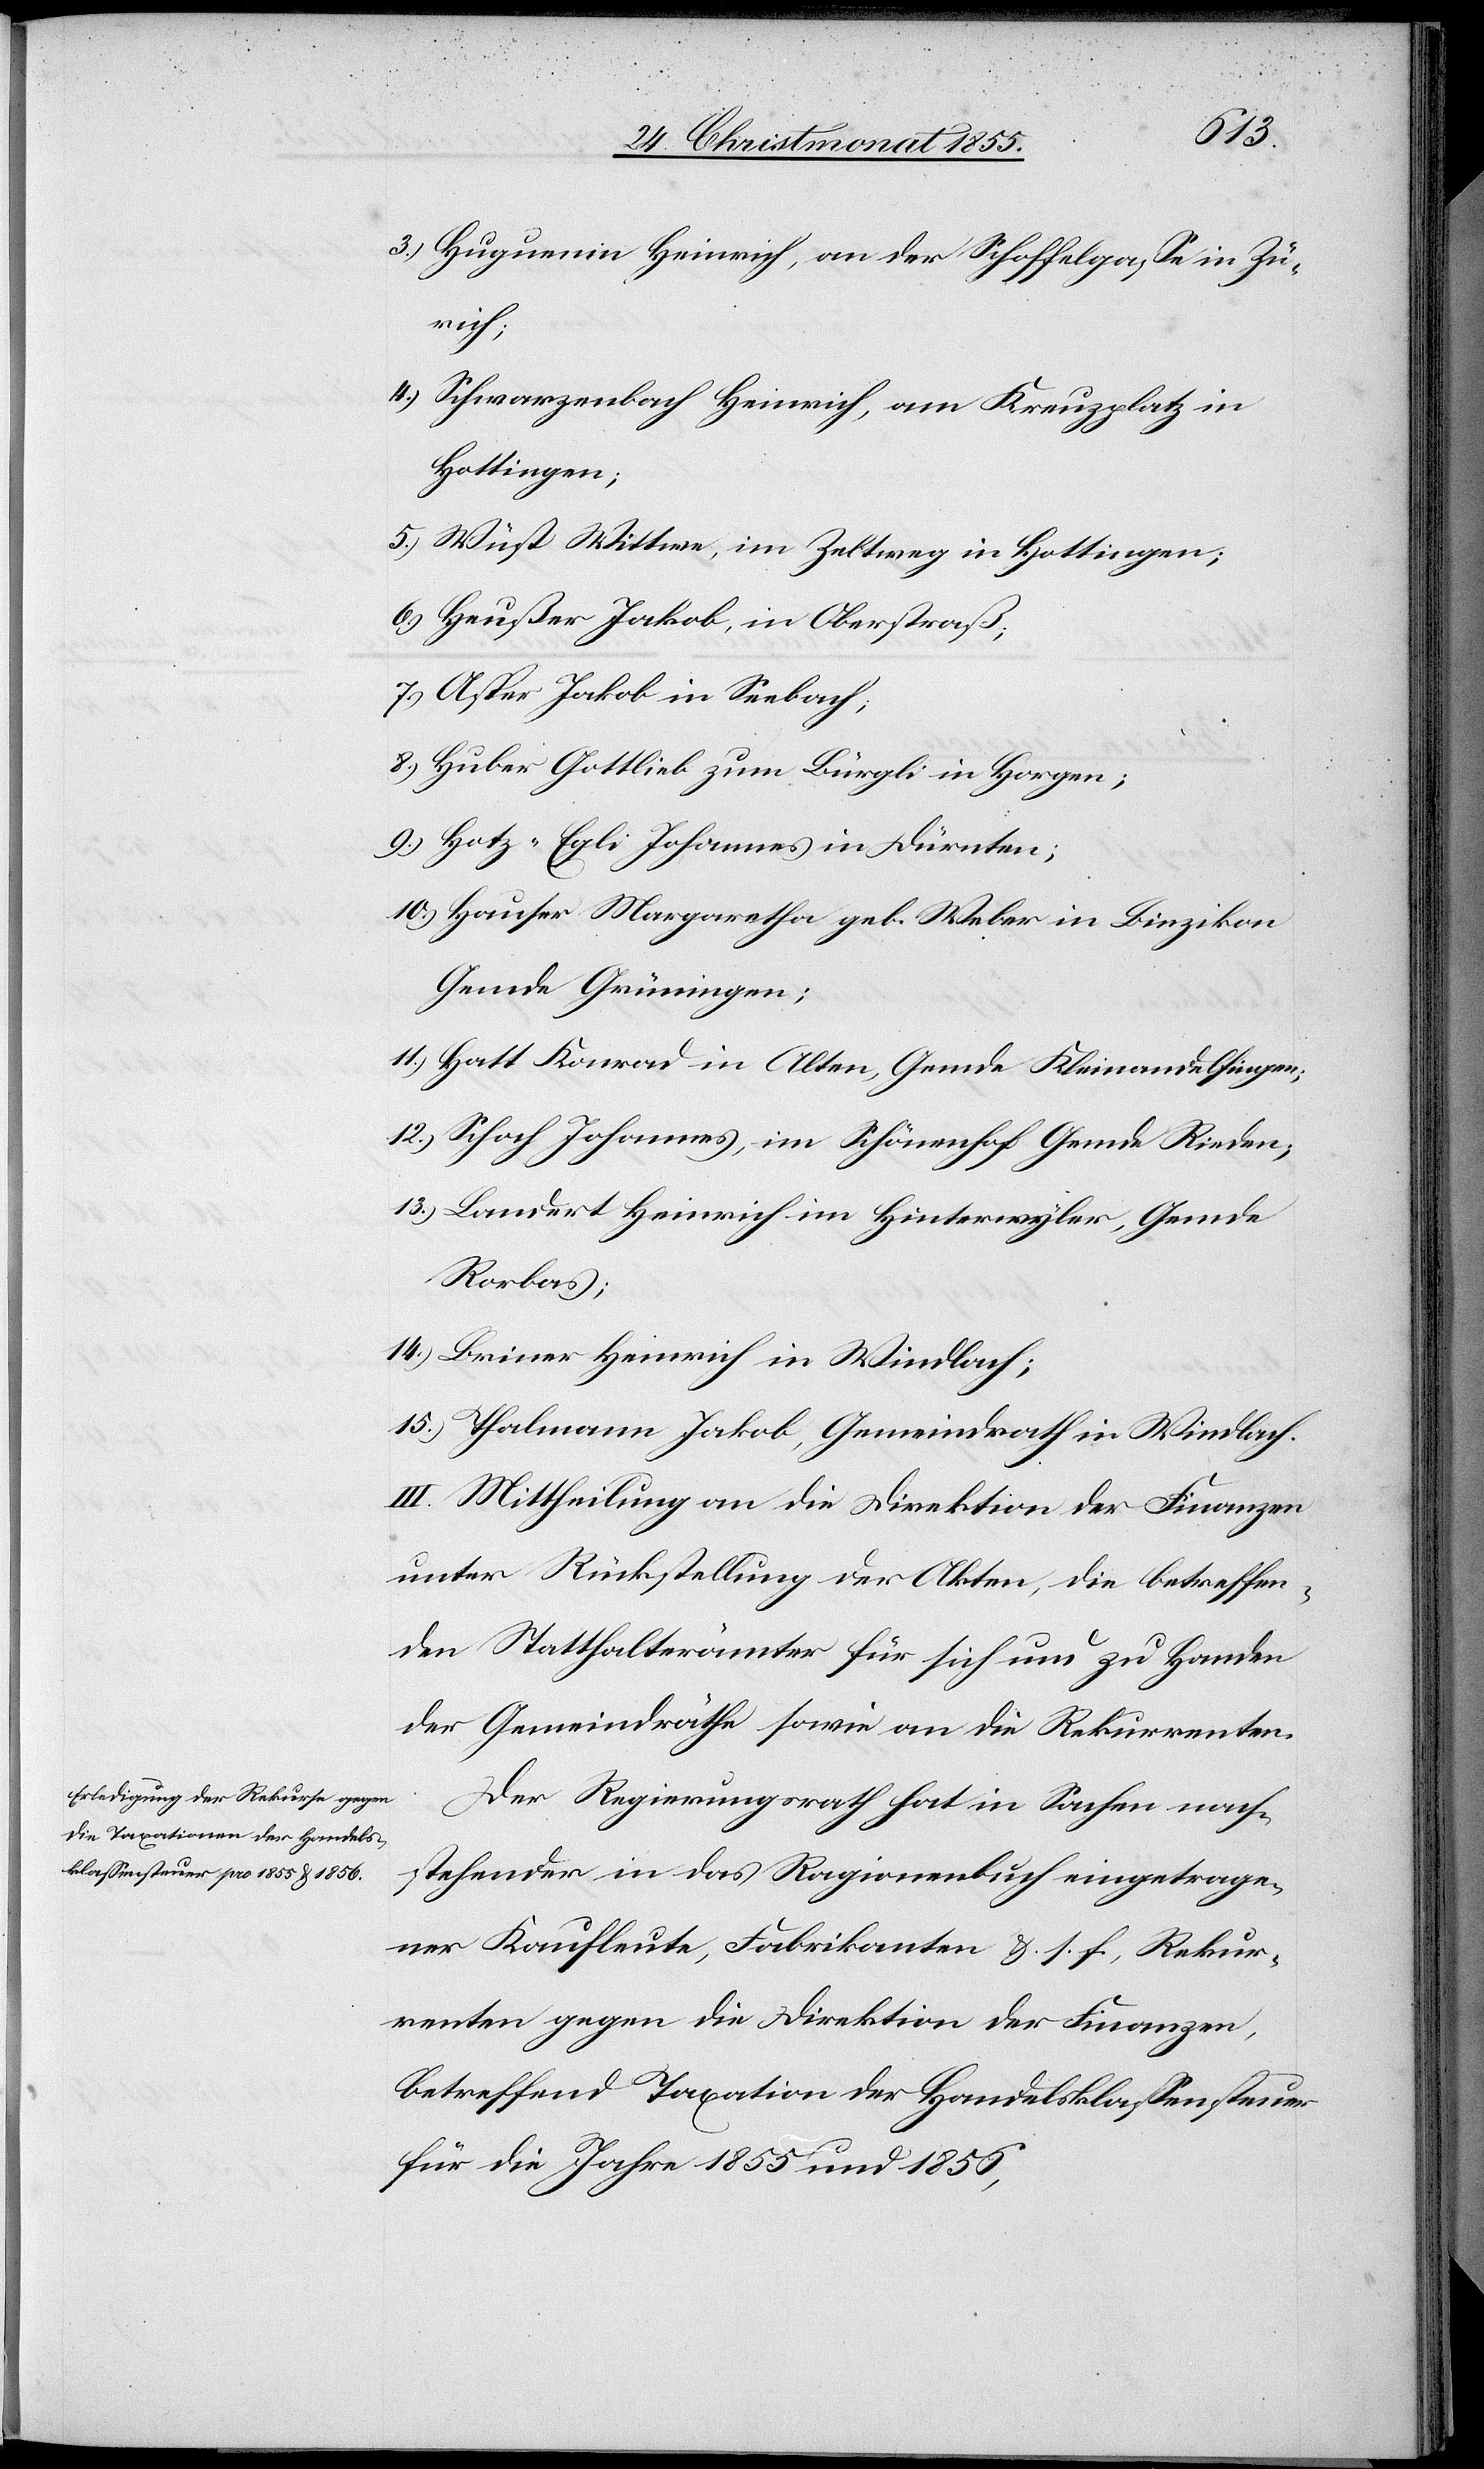
3.)
Huguenin Heinrich, an der Schoffelgasse in Zü¬
rich;
Schwarzenbach Heinrich, am Kreuzplatz in
Hottingen;
Wüst Wittwe, im Zeltweg in Hottingen;
Heußer Jakob, in Oberstraß;
Asper Jakob in Seebach;
Huber Gottlieb zum Bürgli in Horgen;
Hotz-Egli Johannes in Dürnten;
Hauser Margaretha geb. Weber in Binzikon
Gemde Grüningen;
Hatt Konrad in Alten, Gemde Kleinandelfingen;
Schoch Johannes, im Schönenhof Gemde Rieden;
Landert Heinrich im Hinterwyler, Gemde
Rorbas;
Briner Heinrich in Windlach;
Thalmann Jakob, Gemeindrath in Windlach.
III. Mittheilung an die Direktion der Finanzen
unter Rückstellung der Akten, die betreffen¬
den Statthalterämter für sich und zu Handen
der Gemeindräthe sowie an die Rekurrenten.
Der Regierungsrath hat in Sachen nach¬
stehender in das Ragionenbuch eingetrage¬
ner Kaufleute, Fabrikanten &. s. f., Rekur¬
renten gegen die Direktion der Finanzen,
betreffend Taxation der Handelsklassensteuer
für die Jahre 1855 und 1856,